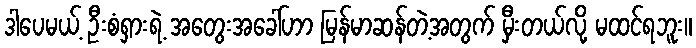
ဒါပေမယ့် ဦးစံရှားရဲ့ အတွေးအခေါ်ဟာ မြန်မာဆန်တဲ့အတွက် မှီးတယ်လို့ မထင်ရဘူး။